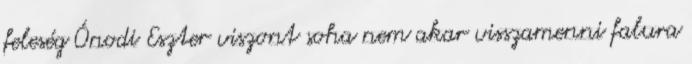
feleség Ónodi Eszter viszont soha nem akar visszamenni falura